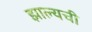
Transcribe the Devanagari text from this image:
झाल्यची